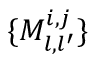
\{ M _ { l , l ^ { \prime } } ^ { i , j } \}